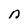
Character: n